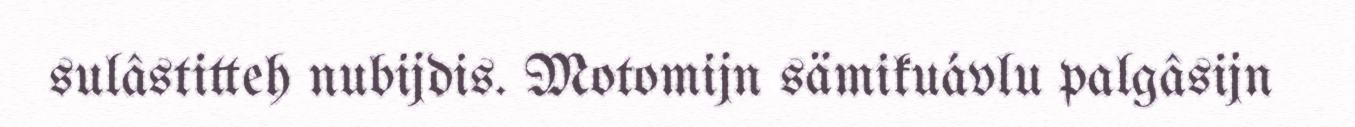
sulâstitteh nubijdis. Motomijn sämikuávlu palgâsijn